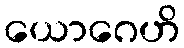
ယောဂေဟိ